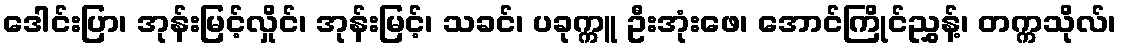
ဒေါင်းပြာ၊ အုန်းမြင့်လှိုင်၊ အုန်းမြင့်၊ သခင်၊ ပခုက္ကူ ဦးအုံးဖေ၊ အောင်ကြိုင်ညွှန့်၊ တက္ကသိုလ်၊